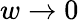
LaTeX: w\to 0